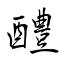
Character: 醴